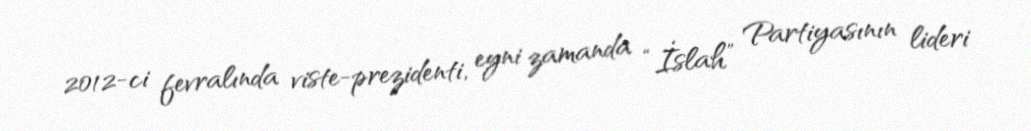
2012-ci fevralında viste-prezidenti, eyni zamanda “İslah” Partiyasının lideri